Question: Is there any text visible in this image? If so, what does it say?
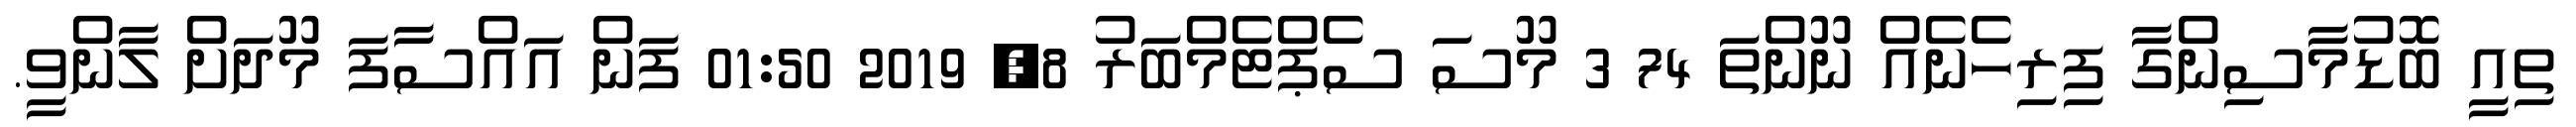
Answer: ތިއީ ބޮޑުމާސިންގާ ފިރިހެނެއް ނޫންތަ 74 3 މޫސަ ސެޕްޓެމްބަރު 8, 2019 01:50 ފަން އައްސާފަ މޫދަށް ލާންވީ.